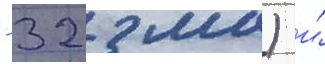
- 32 мм) и́